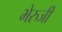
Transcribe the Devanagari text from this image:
भेरुजी